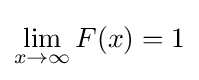
\lim _{x\rightarrow \infty }F(x)=1